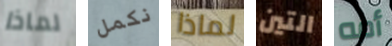
لماذا نكمل لماذا التين أمه